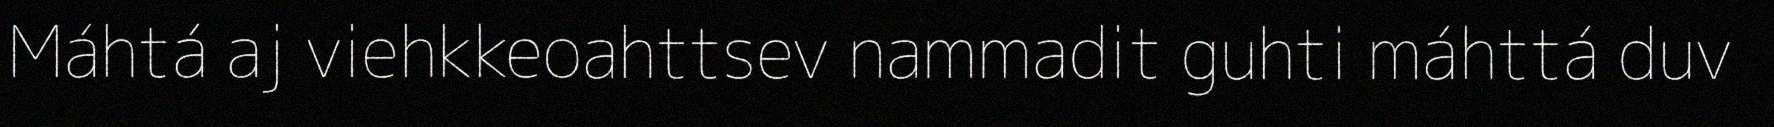
Máhtá aj viehkkeoahttsev nammadit guhti máhttá duv